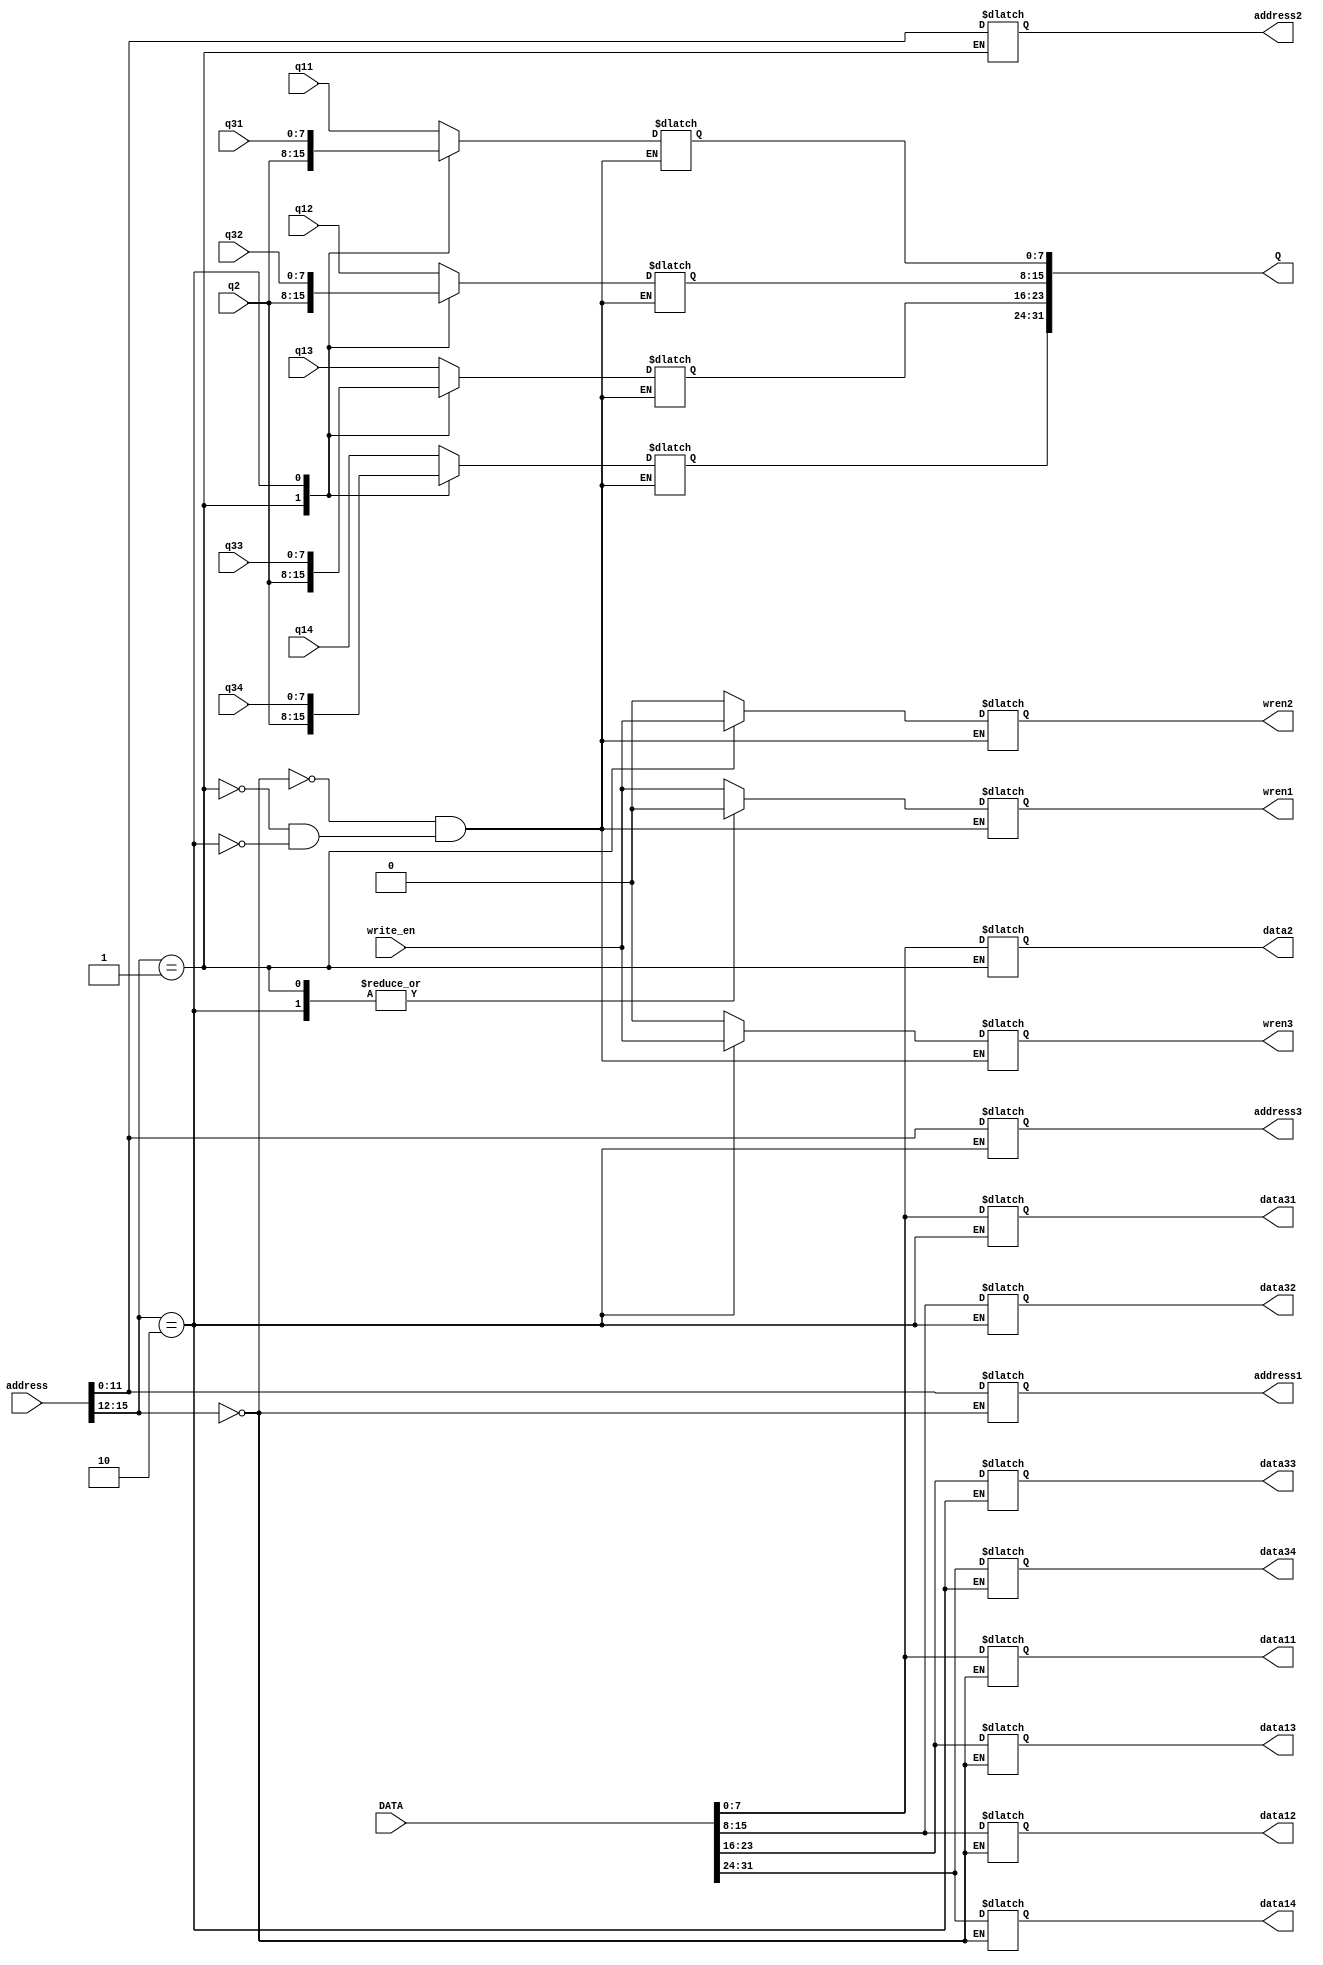
module memory_controller(Q,DATA,write_en,address,q11,q12,q13,q14,q2,q31,q32,q33,q34,wren1,wren2,wren3,data11,data12,
data13,data14,data2, data31,data32,data33,data34,address1,address2,address3);

input write_en; 
output reg[31:0] Q;
input [31:0] DATA;
input [15:0] address;

input [7:0] q11;
input [7:0] q12;
input [7:0] q13;
input [7:0] q14;
input [7:0] q2;
input [7:0] q31;
input [7:0] q32;
input [7:0] q33;
input [7:0] q34;
output reg wren1;
output reg wren2;
output reg wren3;
output reg [11:0] address1;
output reg [11:0] address2;
output reg [11:0] address3;
output reg [7:0] data11;
output reg [7:0] data12;
output reg [7:0] data13;
output reg [7:0] data14;
output reg [7:0] data2;
output reg [7:0] data31;
output reg [7:0] data32;
output reg [7:0] data33;
output reg [7:0] data34;


localparam DM1=4'b0000;
localparam DM2=4'b0001;
localparam DM3=4'b0010;

always @*
    begin 
        case(address[15:12])
            DM1:
                begin
                    Q[7:0] <= q11 ;
                    Q[15:8] <= q12 ;
                    Q[23:16] <= q13 ;
                    Q[31:24] <= q14 ;
                    wren1 <= write_en;
                    address1 <= address[11:0];
                    data11 <= DATA[7:0]; 
                    data12 <= DATA[15:8]; 
                    data13 <= DATA[23:16]; 
                    data14 <= DATA[31:24]; 
                    wren2 <= 0;
                    wren3 <= 0;
                end
            DM2:
                begin
                    Q <= {q2,q2,q2,q2} ;
                    wren2 <= write_en;
                    address2 <=address[11:0];
                    data2 <= DATA; 
                    wren1 <= 0;
                    wren3 <= 0;
                end
            DM3:
                begin
                    Q[7:0] <= q31 ;
                    Q[15:8] <= q32 ;
                    Q[23:16] <= q33 ;
                    Q[31:24] <= q34 ;
                    wren3 <= write_en;
                    address3 <=address[11:0];
                    data31 <= DATA[7:0]; 
                    data32 <= DATA[15:8]; 
                    data33 <= DATA[23:16]; 
                    data34 <= DATA[31:24]; 
                    wren1 <= 0;
                    wren2 <= 0;
                end
        endcase
	end
endmodule